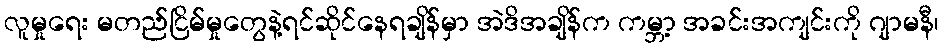
လူမှုရေး မတည်ငြိမ်မှုတွေနဲ့ရင်ဆိုင်နေရချိန်မှာ အဲဒိအချိန်က ကမ္ဘာ့ အခင်းအကျင်းကို ဂျာမနီ၊